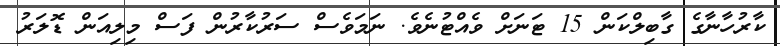
ކާރުހާނާގެ ގާބިލްކަން 15 ޓަނަށް ވެއްޓުނެވެ. ނަމަވެސް ސަރުކާރުން ފަސް މިލިއަން ޑޮލަރު